Annual report of the Bengal Veterinary College and of the Civil Veterinary Department, Bengal, for the year 1899-1900 - 1899-1900
Year: 1899
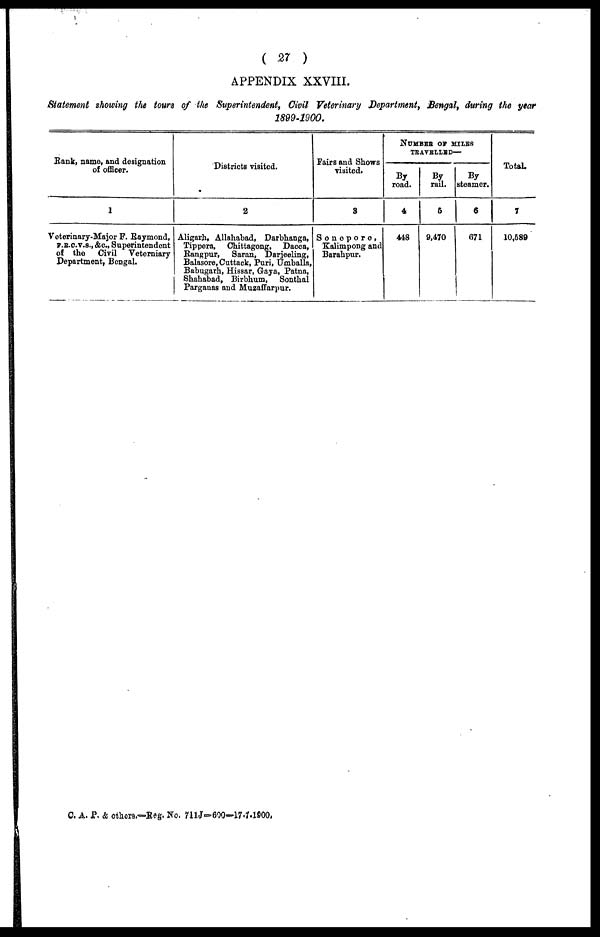
( 37 )
APPENDIX XXVIII.
Statement showing the tours of the Superintendent, Civil Veterinary Department, Bengal, during the year
1899-1900.
Bank, name, and designation
of officer.
1
Veterinary-Major F. Raymond,
f.r.c.v.s., &c., Superintendent
of the
Civil Veterniary
Department, Bengal.
Districts visited.
2
Aligarh, Allahabad, Darbhanga,
Tippera, Chittagong, Dacca,
Rangpur, Saran, Darjeeling,
Balasore, Cuttack, Puri, Umballa,
Babugarh, Hissar, Gaya, Patna,
Shahabad, Birbhum, Sonthal
Parganas and Muzaffarpur.
Fairs and Shows
visited.
3
Sonopore,
Kalimpong and
Barahpur.
Number
of
Miles
Travelled—
By
road.
4
443
By
rail.
5
9,470
By
steamer.
6
671
Total.
7
10,589
C. A. P. & others.—Reg. No. 711J-600-17-7-1900,